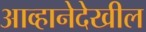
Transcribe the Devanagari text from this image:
आव्हानेदेखील